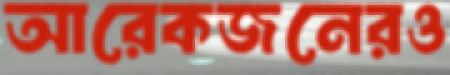
আরেকজনেরও